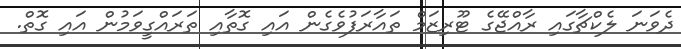
ދެވަނަ ލެކްޗާގައި ރާއްޖޭގެ ޓޫރިޒަމް ތައާރަފުވެގެން އައި ގޮތާއި ތަރައްގީވަމުން އައި ގޮތް.